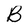
Character: B